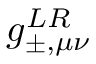
g _ { \pm , \mu \nu } ^ { L R }